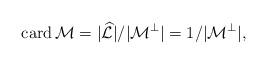
LaTeX: \begin{align*}\mathop{\textup{card}}\mathcal{M} = |\widehat{\mathcal{L}}|/|\mathcal{M}^\perp| = 1/|\mathcal{M}^\perp|,\end{align*}